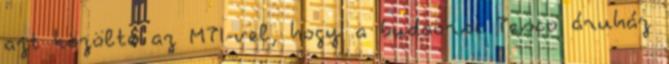
azt közölte az MTI-vel, hogy a budaörsi Tesco áruház